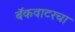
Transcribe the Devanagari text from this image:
बॅकवाटरचा